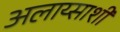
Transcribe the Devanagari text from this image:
अलाय्साशी